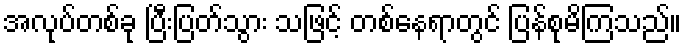
အလုပ်တစ်ခု ပြီးပြတ်သွား သဖြင့် တစ်နေရာတွင် ပြန်စုမိကြသည်။